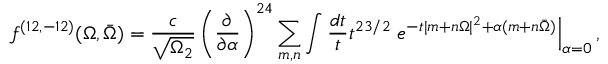
{ f ^ { ( 1 2 , - 1 2 ) } ( \Omega , \bar { \Omega } ) = { \frac { c } { \sqrt { \Omega _ { 2 } } } } \left( { \frac { \partial } { \partial \alpha } } \right) ^ { 2 4 } \sum _ { m , n } \int { \frac { d t } { t } } t ^ { 2 3 / 2 } \left. e ^ { - t | m + n \Omega | ^ { 2 } + \alpha ( m + n \bar { \Omega } ) } \right| _ { \alpha = 0 } , }